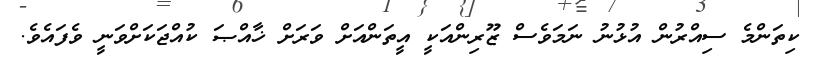
ކިތަންމެ ސިއްރުން އުޅުނު ނަމަވެސް ޒޫރިންއަކީ އީތަންއަށް ވަރަށް ޚާއްޞަ ކުއްޖަކަށްވަނީ ވެފައެވެ.